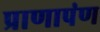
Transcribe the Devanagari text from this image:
प्राणापंण